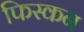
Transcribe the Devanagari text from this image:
फिस्कन